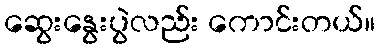
ဆွေးနွေးပွဲလည်း ကောင်းတယ်။